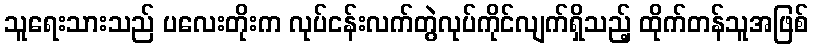
သူရေးသားသည် ပလေးတိုးက လုပ်ငန်းလက်တွဲလုပ်ကိုင်လျက်ရှိသည့် ထိုက်တန်သူအဖြစ်